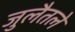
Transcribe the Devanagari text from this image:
जुलैतले